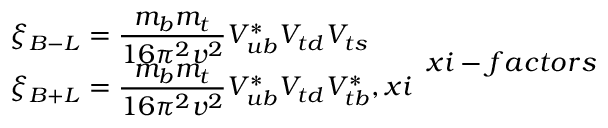
\begin{array} { l } { { \displaystyle \xi _ { B - L } = \frac { m _ { b } m _ { t } } { 1 6 \pi ^ { 2 } v ^ { 2 } } V _ { u b } ^ { * } V _ { t d } V _ { t s } \nonumber } } \\ { { \displaystyle \xi _ { B + L } = \frac { m _ { b } m _ { t } } { 1 6 \pi ^ { 2 } v ^ { 2 } } V _ { u b } ^ { * } V _ { t d } V _ { t b } ^ { * } , \l { x i } } } \end{array} \l { x i - f a c t o r s }